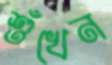
শুঁখেন